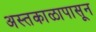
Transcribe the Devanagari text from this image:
अस्तकाळापासून